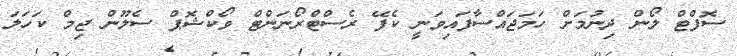
ސޮފްޓް ލޯން ދިނުމަށް ހަމަޖައްސާފައިވަނީ ކެފޭ ރެސްޓްރޯނަންޓް ވޯކްޝޮޕް ސެލޫން ޖިމް ކަހަލަ